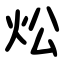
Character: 炂